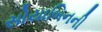
સોયાબિનની